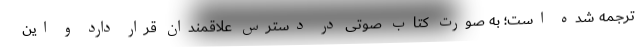
ترجمه شده است؛ به صورت کتاب صوتی در دسترس علاقمندان قرار دارد و این